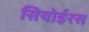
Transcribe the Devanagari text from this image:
सियोईरस